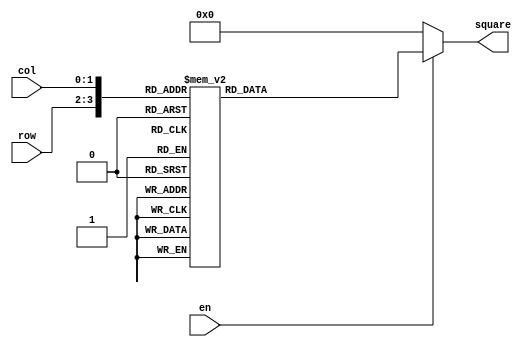
module Decoder(
	output reg [8:0] square,
	input [1:0] row,
	input [1:0] col,
	input en
	);
    
always @(*) begin
	if (en == 1'b1)
		case ({row,col})
			4'b0000: square <= 9'b000000001; //top left 
			4'b0001: square <= 9'b000000010; //top middle 
			4'b0010: square <= 9'b000000100; //top right 
			4'b0100: square <= 9'b000001000; //center left   
			4'b0101: square <= 9'b000010000; //center middle 
			4'b0110: square <= 9'b000100000; //center right  
			4'b1000: square <= 9'b001000000; //bottom left   
			4'b1001: square <= 9'b010000000; //bottom middle 
			4'b1010: square <= 9'b100000000; //bottom right  
			default: square <= 9'b000000000;
		endcase      
	else
		square <= 9'b000000000;
	end

endmodule